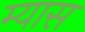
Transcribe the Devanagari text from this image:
म्यास